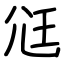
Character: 尩